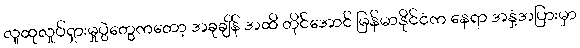
လူထုလှုပ်ရှားမှုပွဲတွေကတော့ အခုချိန် အထိ တိုင်အောင် မြန်မာနိုင်ငံက နေရာ အနှံ့အပြားမှာ